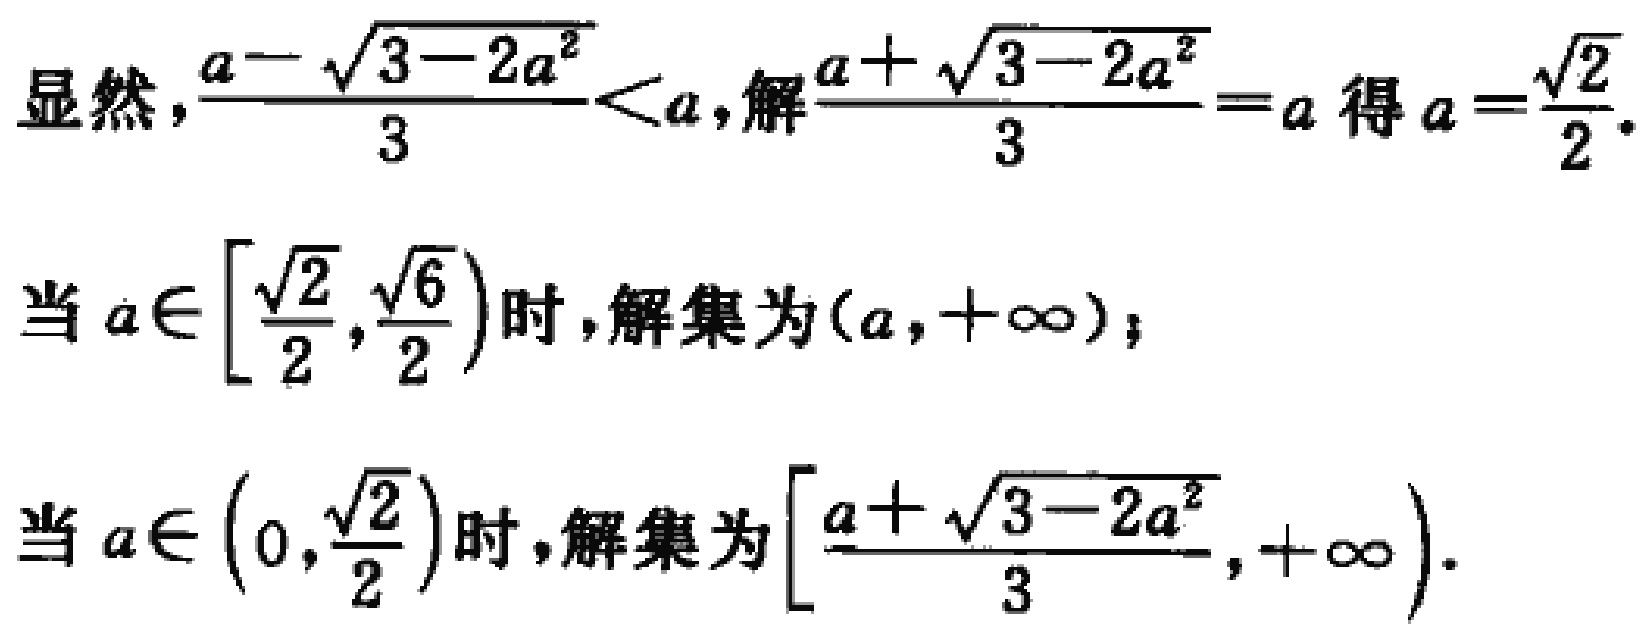
显然，\(\frac{a - \sqrt{3 - 2a^{2}}}{3} < a\)，解\(\frac{a + \sqrt{3 - 2a^{2}}}{3} = a\)得\(a = \frac{\sqrt{2}}{2}\)。
当\(a \in \left[\frac{\sqrt{2}}{2}, \frac{\sqrt{6}}{2}\right)\)时，解集为\((a, +\infty)\)；
当\(a \in \left(0, \frac{\sqrt{2}}{2}\right)\)时，解集为\(\left[\frac{a + \sqrt{3 - 2a^{2}}}{3}, +\infty\right)\)。